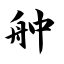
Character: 舯